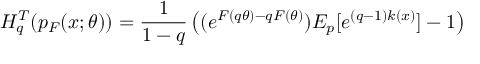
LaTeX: H _ { q } ^ { T } ( p _ { F } ( x ; \theta ) ) = { \frac { 1 } { 1 - q } } \left( ( e ^ { F ( q \theta ) - q F ( \theta ) } ) E _ { p } [ e ^ { ( q - 1 ) k ( x ) } ] - 1 \right)